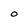
Character: O